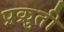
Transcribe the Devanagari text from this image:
प्रक्रुती